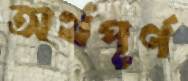
অর্থপূর্ণ